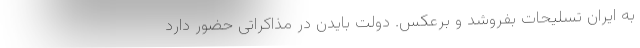
به ایران تسلیحات بفروشد و برعکس. دولت بایدن در مذاکراتی حضور دارد